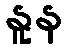
နူန